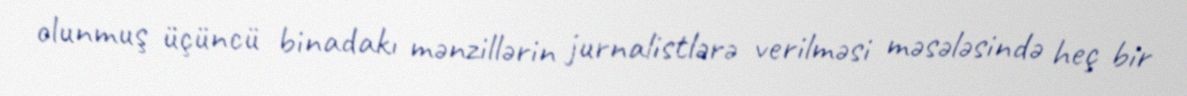
olunmuş üçüncü binadakı mənzillərin jurnalistlərə verilməsi məsələsində heç bir